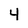
Character: 4